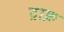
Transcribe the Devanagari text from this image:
ट्राक्ल